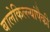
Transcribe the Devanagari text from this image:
बालेकिल्ल्यांपैकी